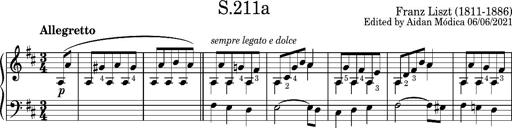
Title: LÃ¤ndler in D major
Composer: Franz Liszt
Key: D major